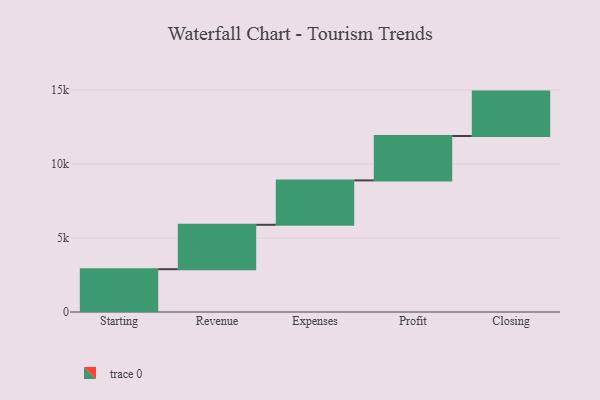
{"axis": {"x": "Step", "y": "Value"}, "legend": [""], "data": [{"x": "Starting", "y": 2893.0, "type": ""}, {"x": "Revenue", "y": 3000, "type": ""}, {"x": "Expenses", "y": 3000, "type": ""}, {"x": "Profit", "y": 3000, "type": ""}, {"x": "Closing", "y": 3000, "type": ""}]}